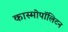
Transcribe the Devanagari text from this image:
कास्मोपॉलिटन